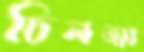
চিলত্মা